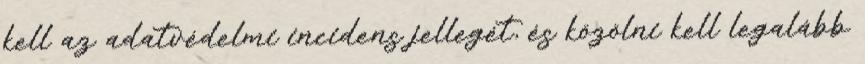
kell az adatvédelmi incidens jellegét, és közölni kell legalább